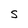
Character: S